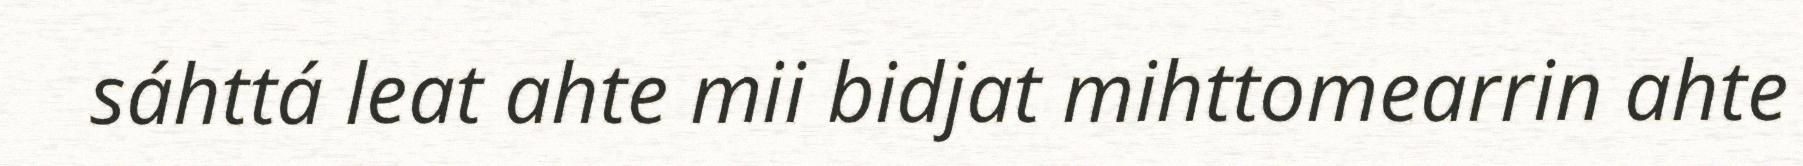
sáhttá leat ahte mii bidjat mihttomearrin ahte